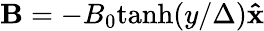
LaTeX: \mathbf{B}=-B_{\mathrm{0}}\mathrm{tanh}(y/\Delta)\mathbf{\hat{x}}